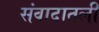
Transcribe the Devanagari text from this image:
संवादातली